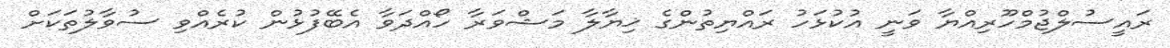
ރައީސުލްޖުމްހޫރިއްޔާ ވަނީ އުކުޅަހު ރައްޔިތުންގެ ޚިޔާލާ މަޝްވަރާ ހޯއްދަވާ އެބޭފުޅުން ކުރެއްވި ސުވާލުތަކަށް